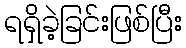
ရရှိခဲ့ခြင်းဖြစ်ပြီး